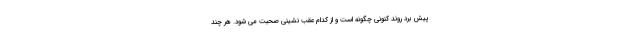
پیش برد روند کنونی چگونه است و از کدام عقب نشینی صحبت می شود. هر چند